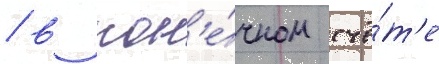
/ в кон'е́чном счё́т'е